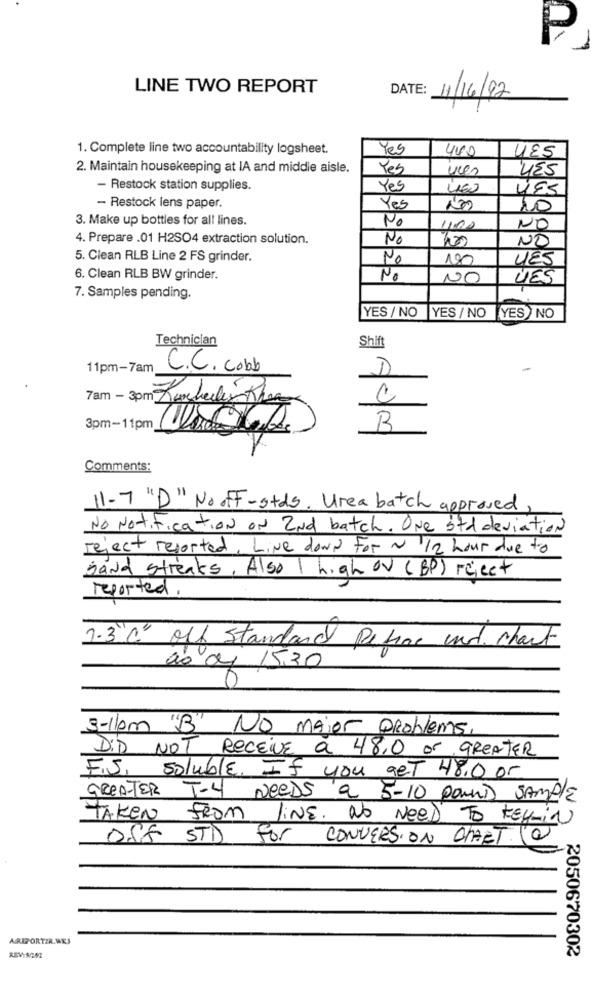
P
LINE TWO REPORT
DATE:
1/16/92
1. Complete line two accountability logsheet.
Yes
440
UES
2. Maintain housekeeping at IA and middle aisle.
Yes
YES
- Restock station supplies.
Yes
- Restock lens paper.
Yes
20
3. Make up bottles for all lines.
No
400
NO
4. Prepare .01 H2SO4 extraction solution.
No
NO
5. Clean RLB Line 2 FS grinder.
No
180
LES
6. Clean RLB BW grinder.
No
NO
DES
7. Samples pending.
YES / NO
YES / NO
YES NO
Technician
Shift
11pm-7am
C.C. cobb
D
7am - 3pm Zurberlin Theg
3pm-11pm
B
Comments:
11-7 "D" No off-stds. Urea batch approved,
No Notification ON 2Nd batch. ONe std deviation
reject reported, Line down For ~ /2 hour due to
sand streaks, Also 1 high ov (BP) reject
reported .
1.3"C" off standard Refrac und chart
a0 de 15,30
3-11pm "B" No Major Problems
DID NOT Receive a 48,0 or GREATER
F.S, soluble. If you get 48.0 or
GREATER T-4 Needs a 5-10 pound Sample
TAKEN FROM liNE. No Need To KEL-in
OSS STD for CONVERSION CHART (Q)
ARIPORTER.WES
2050670302
REVIR002